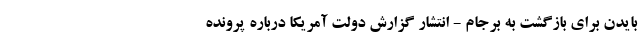
بایدن برای بازگشت به برجام - انتشار گزارش دولت آمریکا درباره پرونده